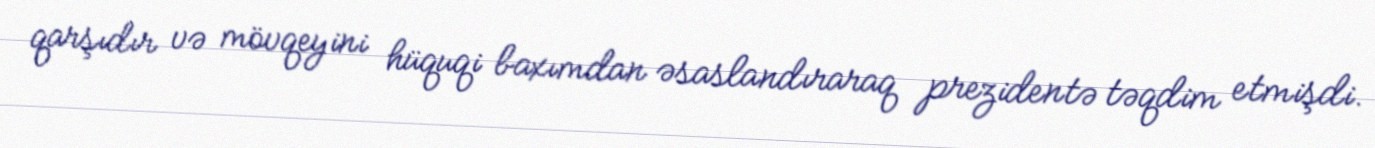
qarşıdır və mövqeyini hüquqi baxımdan əsaslandıraraq prezidentə təqdim etmişdi.